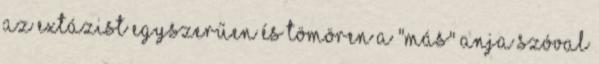
az extázist egyszerűen és tömören a "más" anja szóval